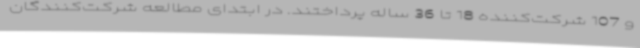
و 107 شرکت‌کننده 18 تا 36 ساله پرداختند. در ابتدای مطالعه شرکت‌کنندگان